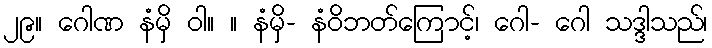
၂၉။ ဂေါဏ နံမှိ ဝါ။ ။ နံမှိ- နံဝိဘတ်ကြောင့်၊ ဂေါ- ဂေါ သဒ္ဒါသည်၊